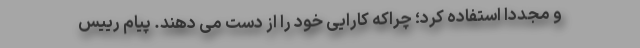
و مجددا استفاده کرد؛ چراکه کارایی خود را از دست می دهند. پیام رییس